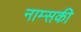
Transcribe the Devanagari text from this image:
नाम्सकी